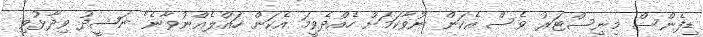
ޑިފެންސް މިނިސްޓަރު ވެސް އެކަން ނުވާކަމަށް ހެއްދެވީމަ އެކަން ހައްލެއްނުވާނެ" ނަޝީދު ވިދާޅުވި